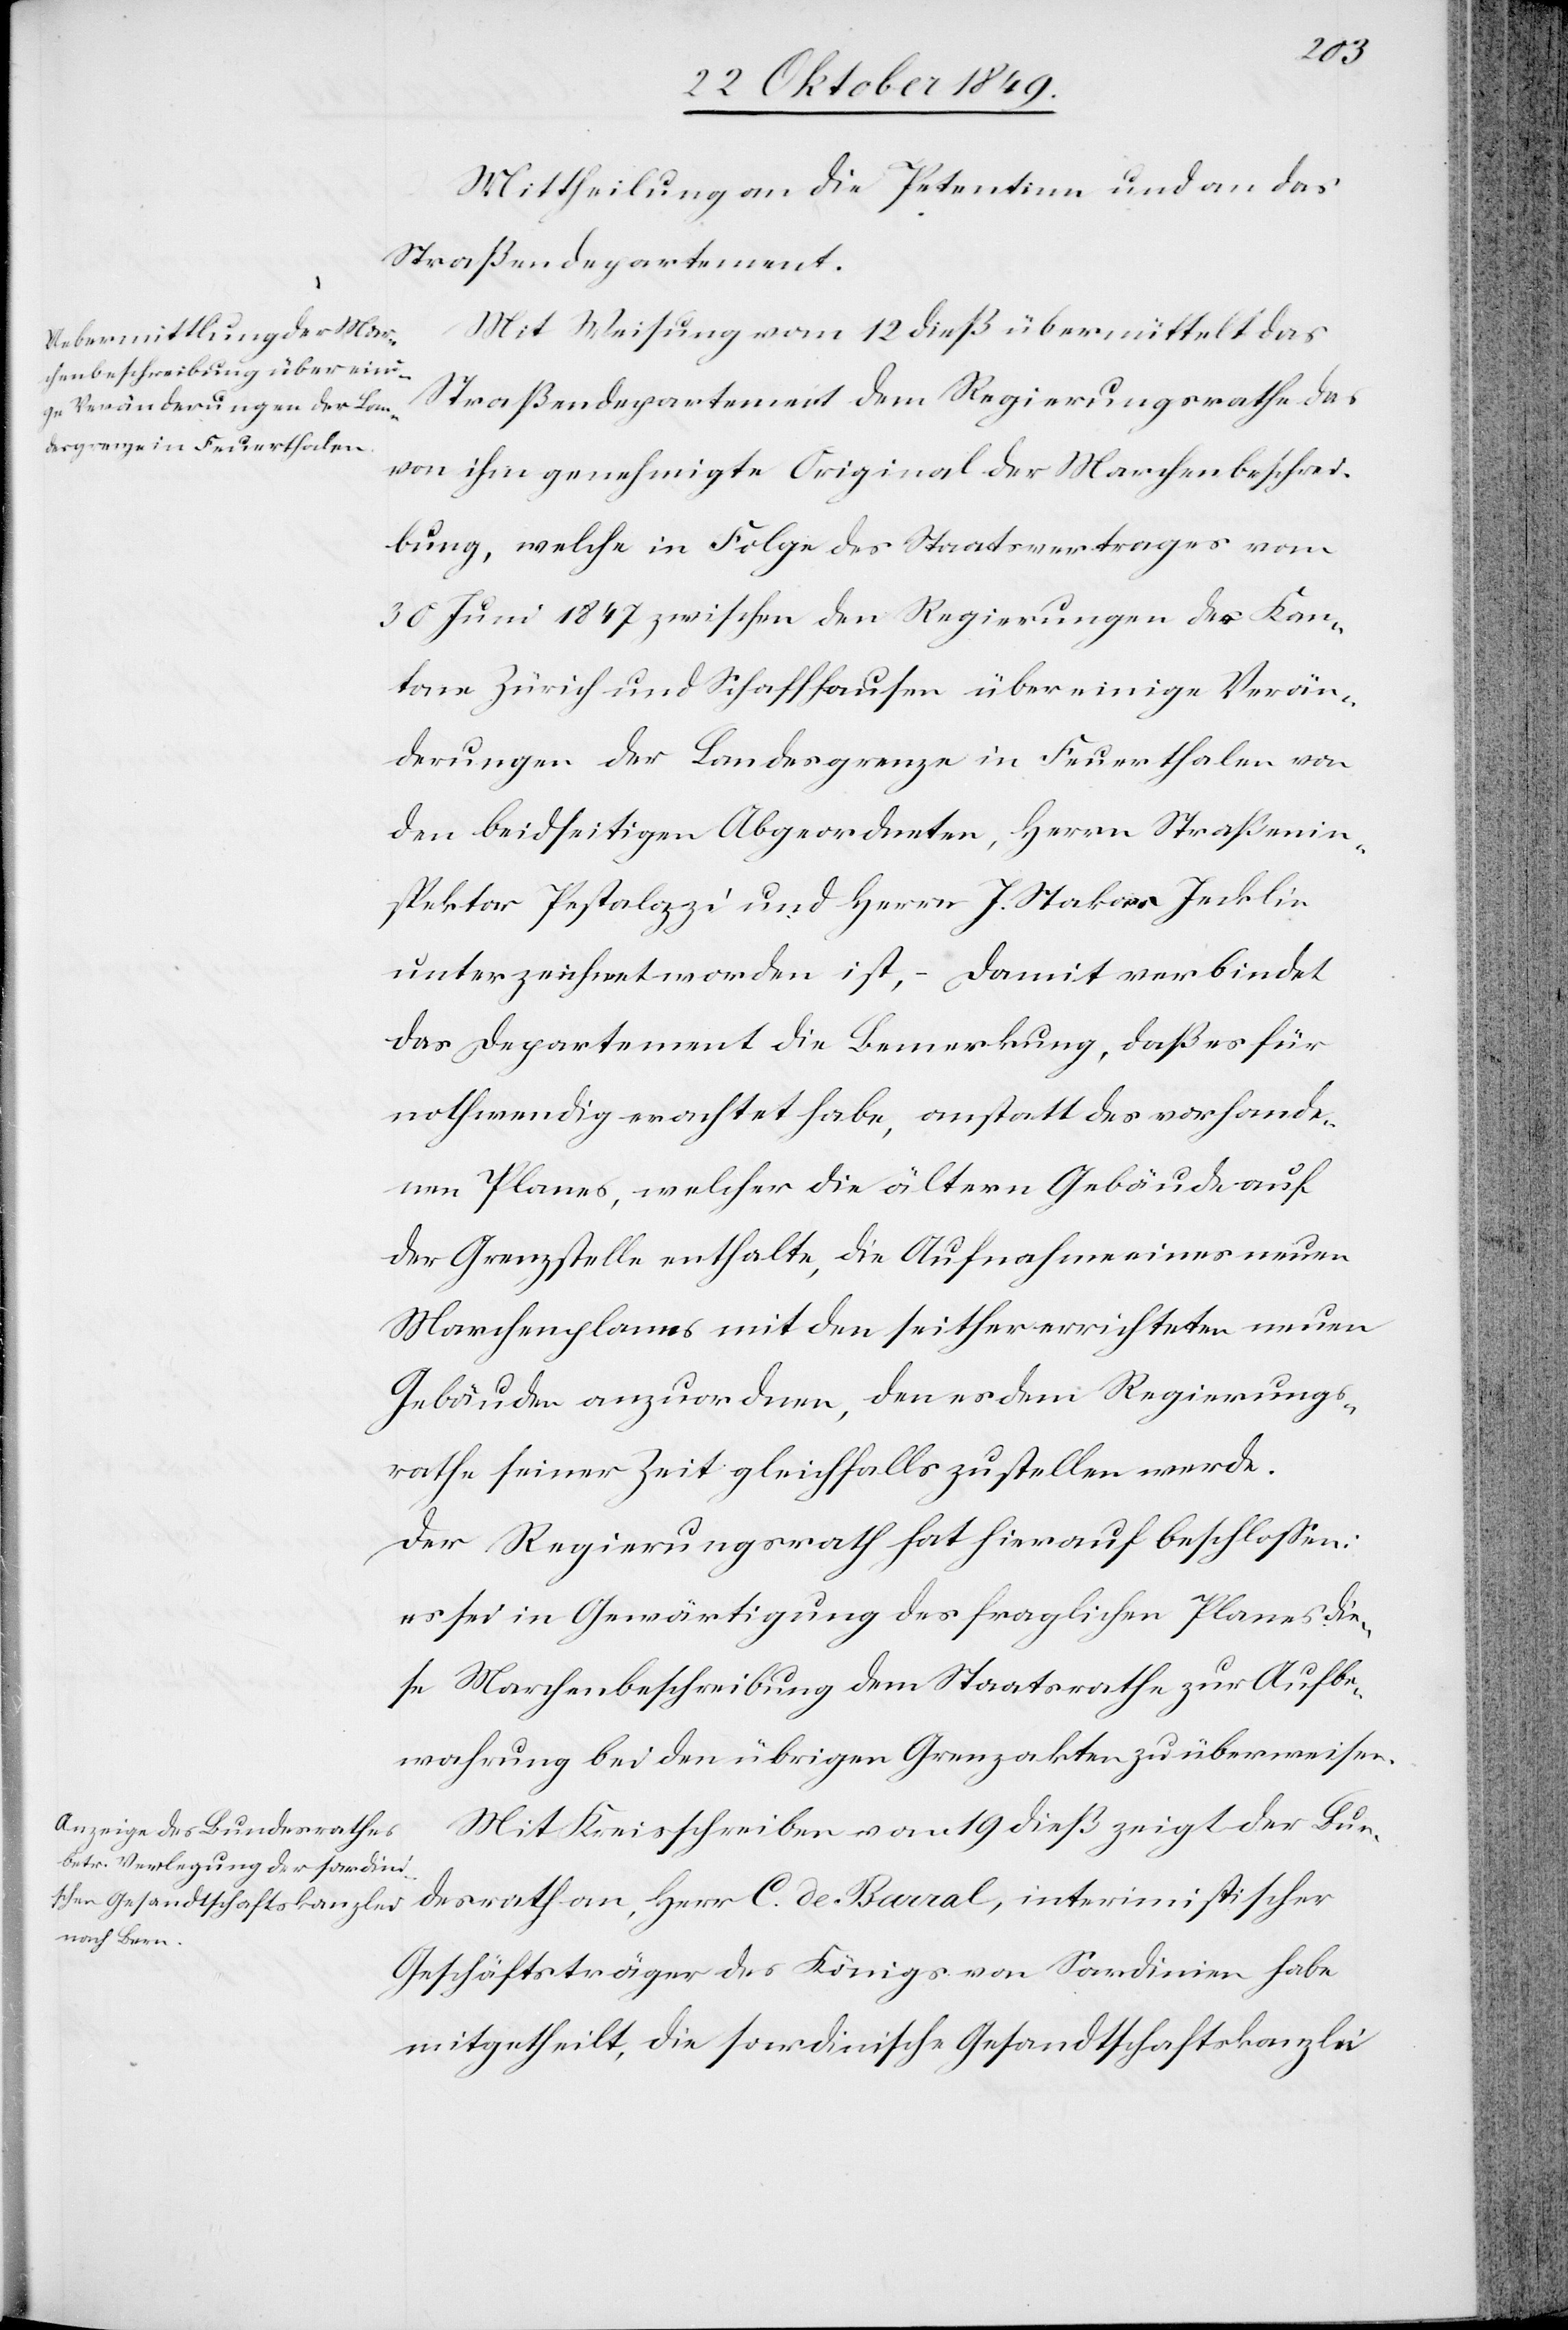
Mittheilung an die Petentinn und an das
Straßendepartement.
Mit Weisung vom 12 dieß übermittelt das
Straßendepartement dem Regierungsrathe das
von ihm genehmigte Original der Marchenbeschrei¬
bung, welche in Folge des Staatsvertrages vom
30 Juni 1847 zwischen den Regierungen des Kan¬
ton Zürich und Schaffhausen über einige Verän¬
derungen der Landesgrenze in Feuerthalen von
den beidseitigen Abgeordneten, Herrn Straßenin¬
spektor Pestalozzi und Herrn J. Stakar Jecklin
unterzeichnet worden ist, – Damit verbindet
das Departement die Bemerkung, daß es für
nothwendig erachtet habe, anstatt des vorhande¬
nen Planes, welcher die ältern Gebäude auf
der Grenzstelle enthalte, die Aufnahme eines neuen
Marchenplanes mit den seither errichteten neuen
Gebäuden anzuordnen, den es dem Regierungs¬
rathe seiner Zeit gleichfalls zustellen werden.
Der Regierungsrath hat hierauf beschloßen:
es sei in Gewärtigung des fraglichen Planes die¬
se Marchenbeschreibung dem Staatsrathe zur Aufbe¬
wahrung bei den übrigen Grenzakten zu überweisen.
Mit Kreisschreiben vom 19 dieß zeigt der Bun¬
desrath an, Herr C. de Baval, interimistischer
Geschäftsträger des Königs von Sardinien habe
mitgetheilt, die sardinische Gesandtschaftskanzlei